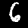
Digit: 6